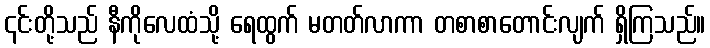
၎င်းတို့သည် နီကိုလေထံသို့ ရေထွက် မတတ်လာကာ တစာစာတောင်းလျက် ရှိကြသည်။